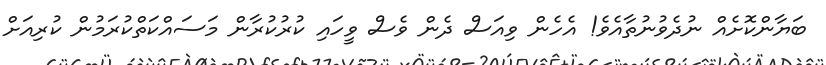
ބަޔާންކޮށެއް ނުދެވުނުތާއެވެ! އެހެން ވިއަސް ދެން ވެސް ވީހައި ކުރުކުރާން މަސައްކަތްކުރަމުން ކުރިއަށް